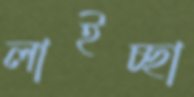
লাইচ্ছা